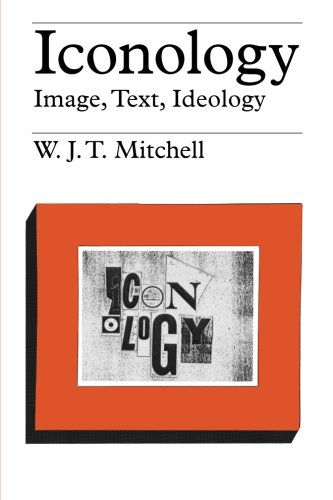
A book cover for Iconology: Image, Text, Ideology; W. J. T. Mitchell; Arts & Photography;